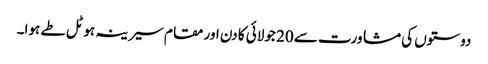
دوستوں کی مشاورت سے 20 جولائی کا دن اور مقام سیرینہ ہوٹل طے ہوا۔